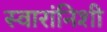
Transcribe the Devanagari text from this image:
स्वारांनिशी